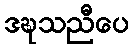
ဒဍ္ဎသညီပေ